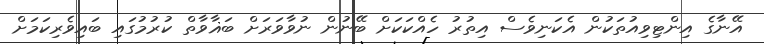
އޭނާގެ އިންޓިވިއުތަކުން އެކަނިވެސް އިތުރު ހެއްކަކަށް ބޭނުން ނުވާވަރަށް ބަޣާވާތް ކުރުމުގައި ބައިވެރިކަމަށް